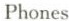
Phones